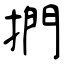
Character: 捫